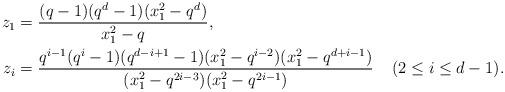
LaTeX: \begin{align*} z_1 &= \frac{(q-1)(q^d-1)(x_1^2 - q^d)} {x_1^2 - q}, \\ z_i &= \frac{ q^{i-1}(q^i-1)(q^{d-i+1}-1)(x_1^2 - q^{i-2})(x_1^2 - q^{d+i-1})} {(x_1^2 - q^{2i-3})(x_1^2 - q^{2i-1})} && (2 \leq i \leq d-1). \end{align*}